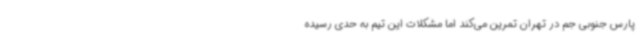
پارس جنوبی جم در تهران تمرین می‌کند اما مشکلات این تیم به حدی رسیده